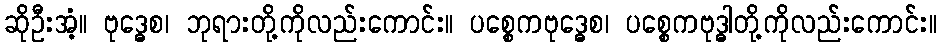
ဆိုဦးအံ့။ ဗုဒ္ဓေစ၊ ဘုရားတို့ကိုလည်းကောင်း။ ပစ္စေကဗုဒ္ဓေစ၊ ပစ္စေကဗုဒ္ဓါတို့ကိုလည်းကောင်း။